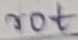
Text: rot